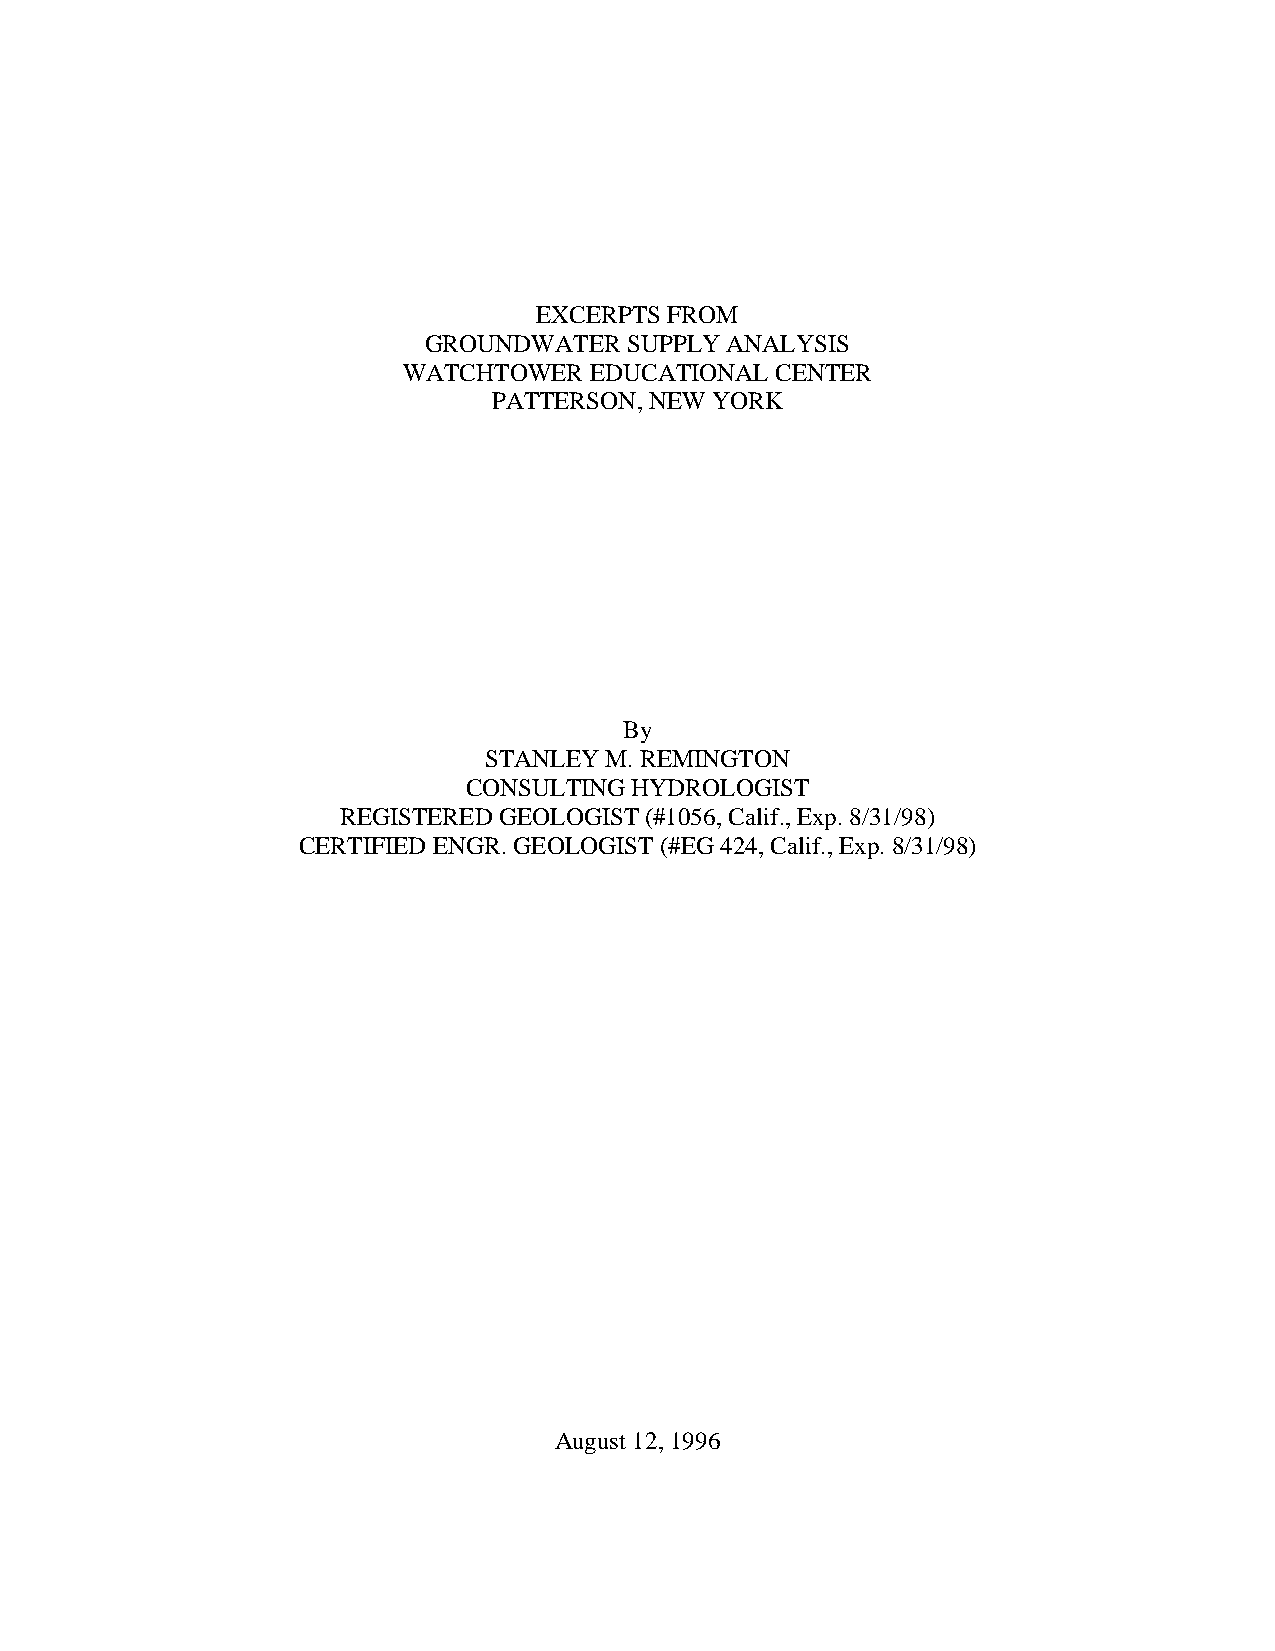
EXCERPTS FROM
 GROUNDWATER   SUPPLY ANALYSIS
 WATCHTOWER  EDUCATIONAL CENTER
 PATTERSON, NEW YORK
 By
 STANLEY M. REMINGTON
 CONSULTING HYDROLOGIST
 REGISTERED GEOLOGIST (#1056, Calif., Exp. 8/31/98)
 CERTIFIED ENGR. GEOLOGIST (#EG 424, Calif., Exp. 8/31/98)
 August 12, 1996